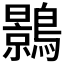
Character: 𪆣